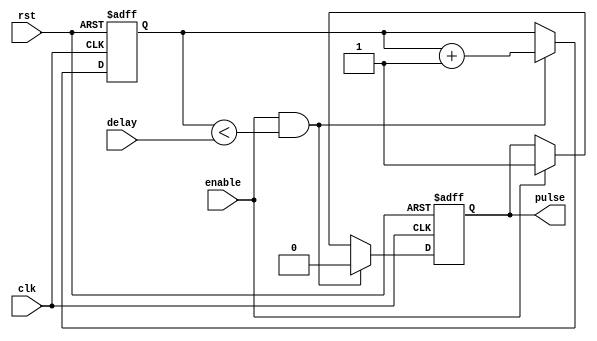
module rising_edge_pulse_generator (
    input wire clk,
    input wire rst,
    input wire enable,
    input wire [31:0] delay,
    
    output reg pulse
);

reg [31:0] count;

always @(posedge clk or posedge rst) begin
    if (rst) begin
        count <= 0;
        pulse <= 0;
    end
    else begin
        if (enable && (count < delay)) begin
            count <= count + 1;
            pulse <= 0;
        end 
        else if (enable) begin
            pulse <= 1;
        end 
    end
end

endmodule